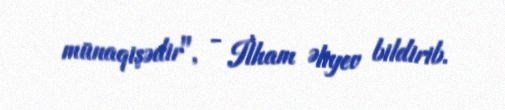
münaqişədir", - İlham Əliyev bildirib.